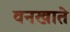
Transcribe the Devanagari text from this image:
वनखाते